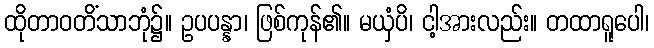
ထိုတာဝတိံသာဘုံ၌။ ဥပပန္နာ၊ ဖြစ်ကုန်၏။ မယှံပိ၊ ငါ့အားလည်း။ တထာရူပေါ၊